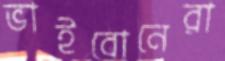
ভাইবোনেরা